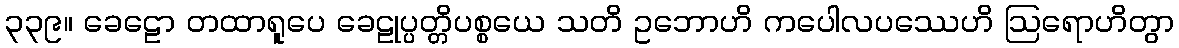
၃၃၉။ ခေဠော တထာရူပေ ခေဠုပ္ပတ္တိပစ္စယေ သတိ ဥဘောဟိ ကပေါလပဿေဟိ ဩရောဟိတွာ